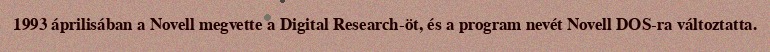
1993 áprilisában a Novell megvette a Digital Research-öt, és a program nevét Novell DOS-ra változtatta.